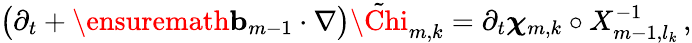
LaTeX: \bigl(\partial_{t}+\ensuremath{\mathbf{b}}_{m-1}\cdot\nabla\bigr)\tilde{\Chi}_{m,k}=\partial_{t}{\boldsymbol{\chi}}_{m,k}\circ X_{m-1,l_{k}}^{-1}\, ,